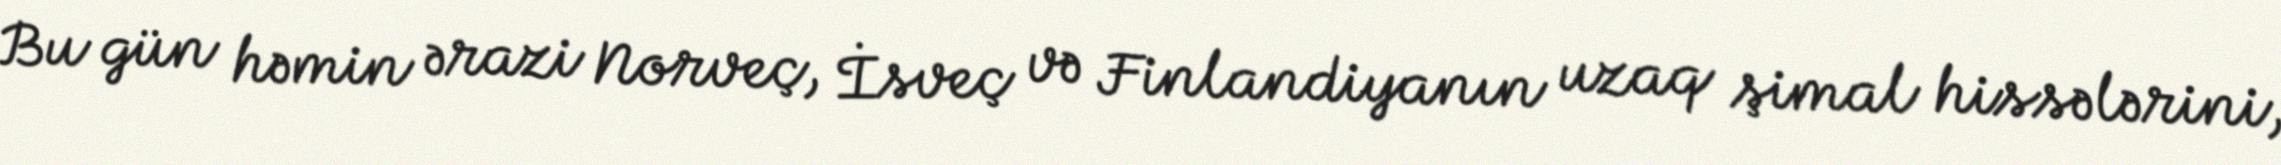
Bu gün həmin ərazi Norveç, İsveç və Finlandiyanın uzaq şimal hissələrini,